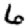
Digit: 6